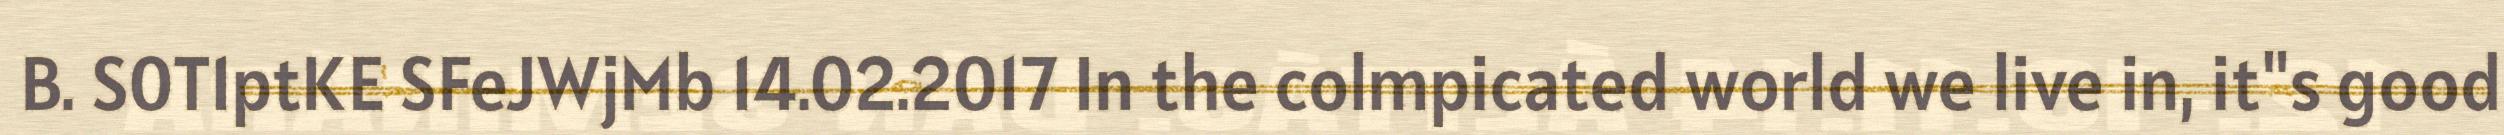
B. S0T1ptKE SFeJWjMb 14.02.2017 In the colmpicated world we live in, it"s good